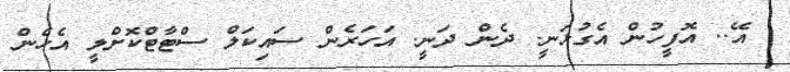
އޭ.. އޮފީހުން އެގުޅަނީ. ދެން ދަނީ. އަހަރެން ސައިކަލް ސްޓާޓްކޮށްލީ އެހެން